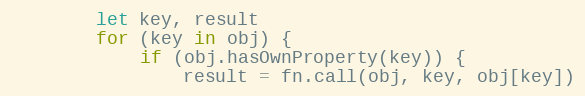
Language: JavaScript
        let key, result
        for (key in obj) {
            if (obj.hasOwnProperty(key)) {
                result = fn.call(obj, key, obj[key])